Tartu_pedagoogiumi_aruanded, lk 17
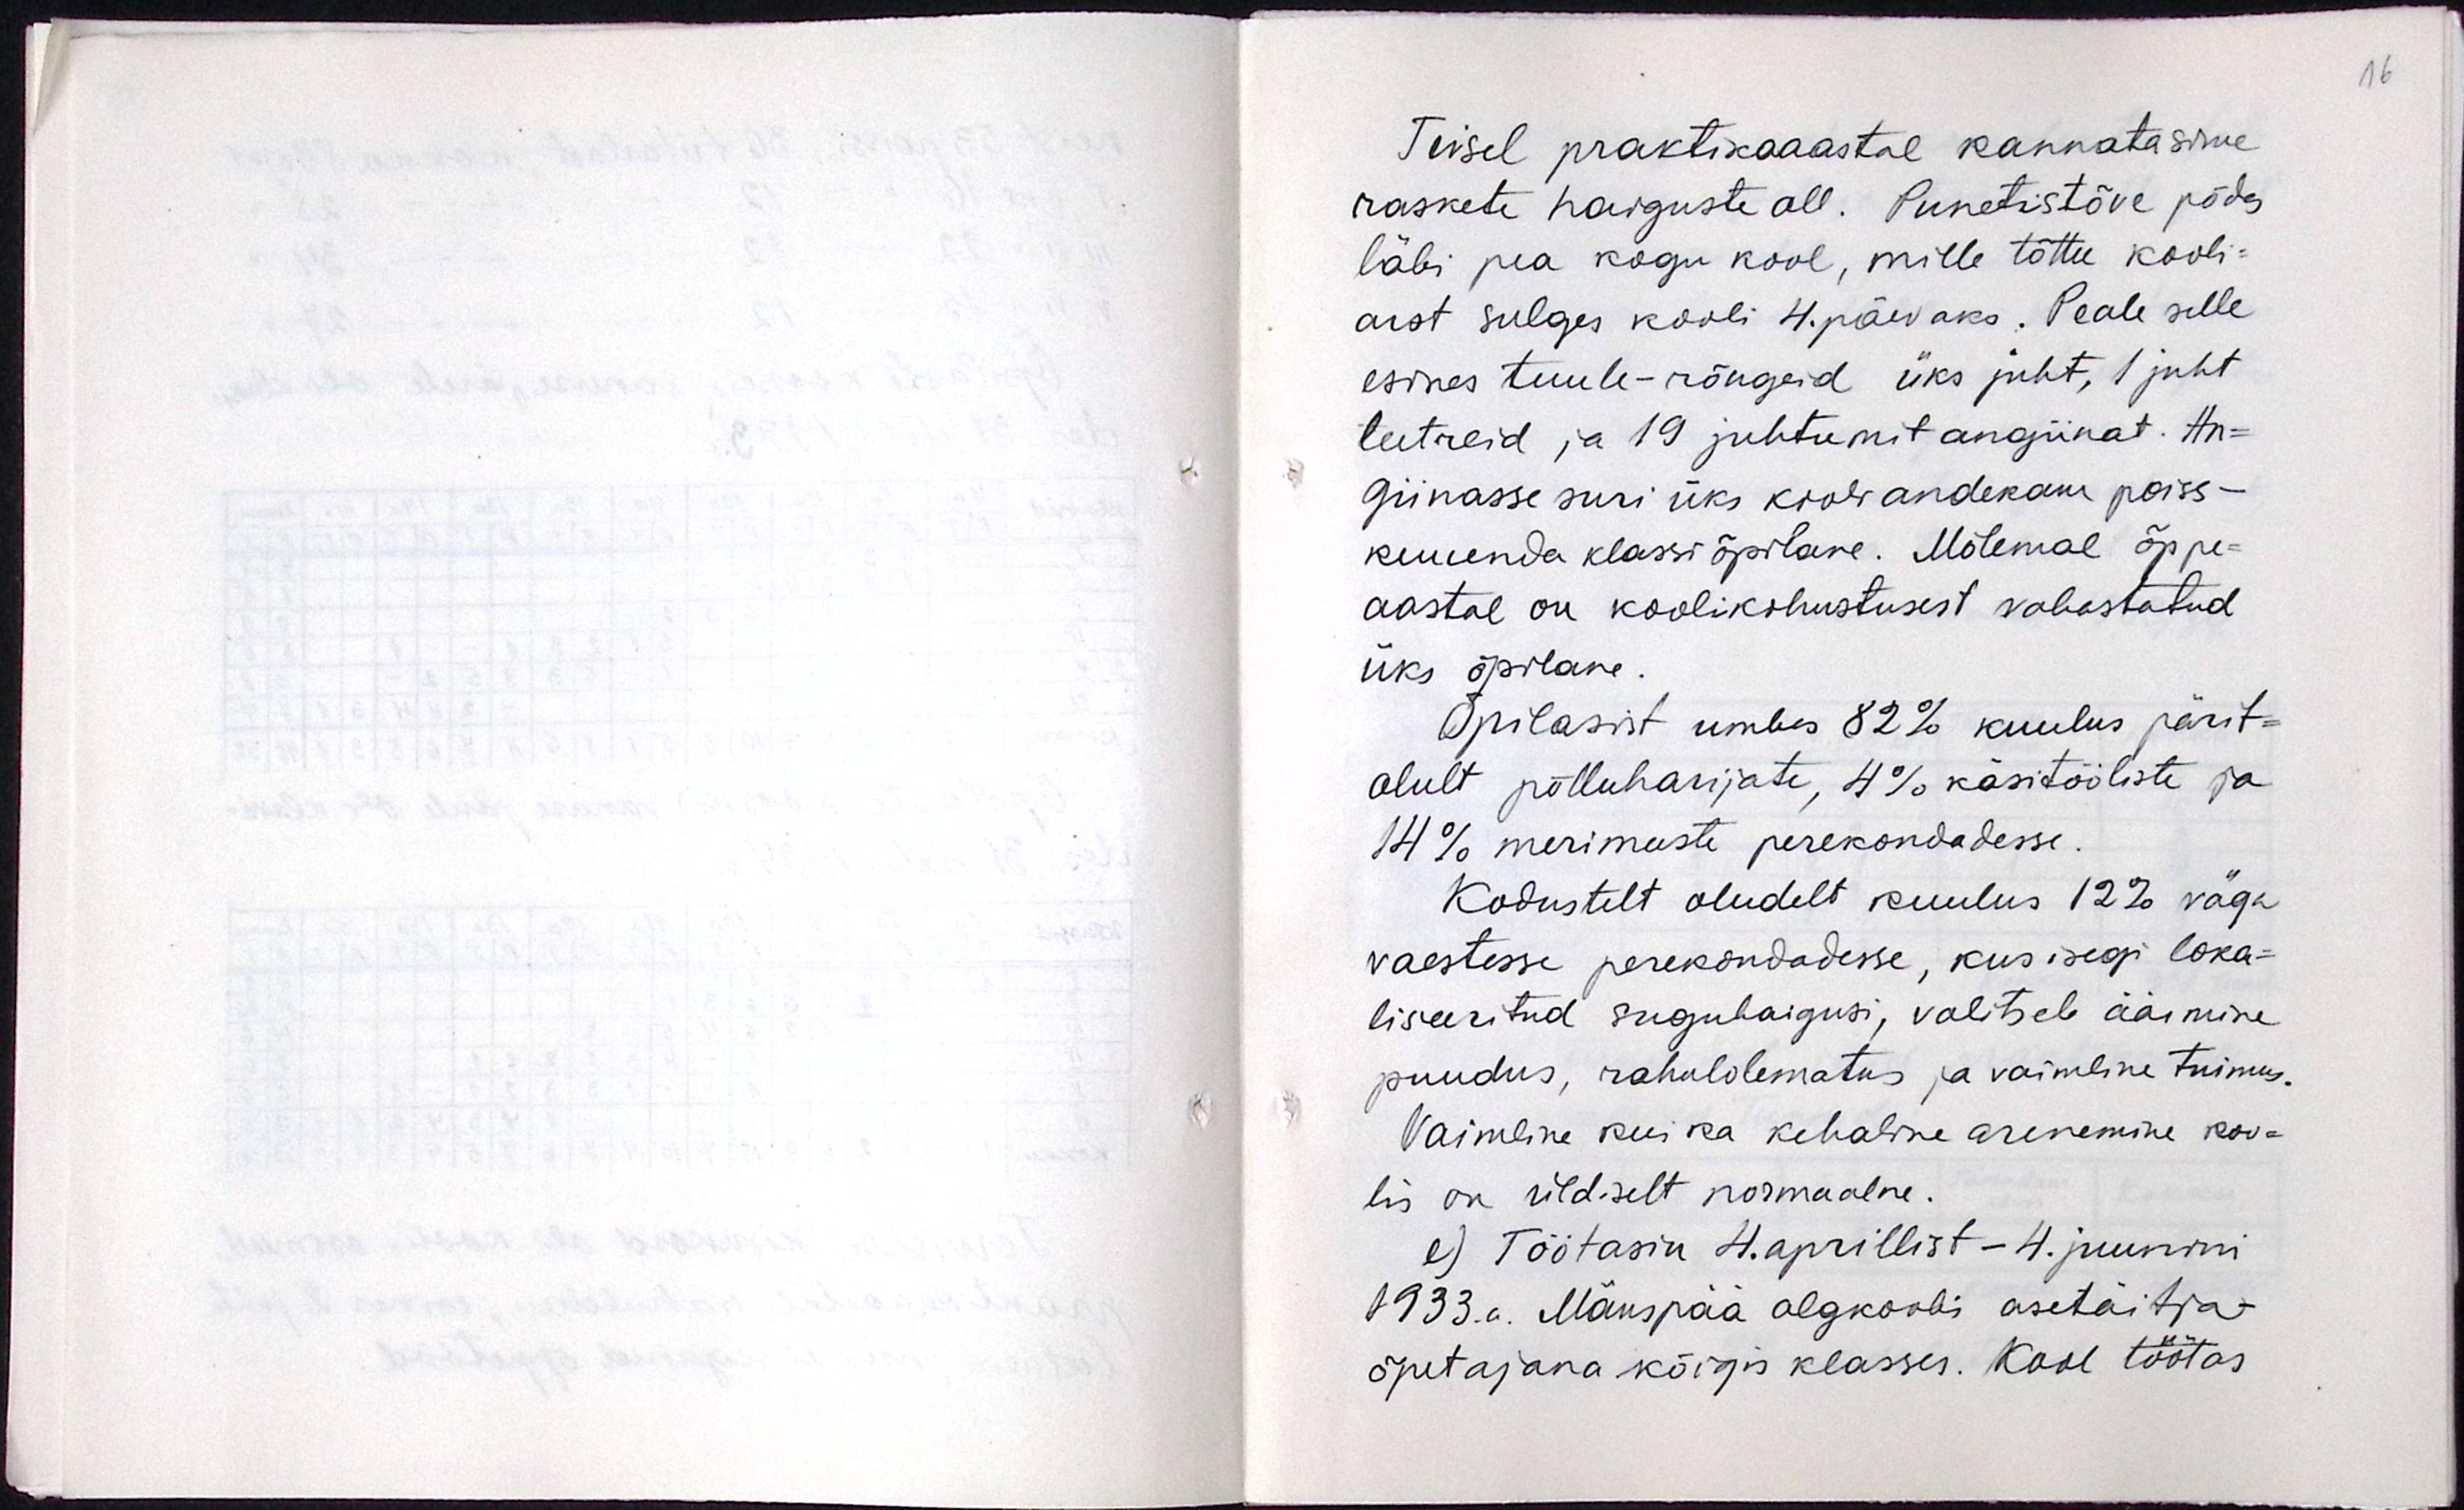
Teisel praktikaastal  kannatasime
raskete haiguste all. Punetistõve põdes
läbi pea kogu kool, mille tõttu kooli-
arst sulges kooli 4.päevaks. Peale selle
esines tuule-rõugeid üks juht, 1 juht
leetreid ja 19 juhtumit angiinat. An-
giinasse suri üks kooli andekam poiss -
kuuenda klassiõpilane. Mõlemal õppe-
aastal oli koolikohustusest vabastatud
üks õpilane.
Õpilastest umbes 82% kuulus pärit-
olult põlluharijate, 4% käsitööliste ja
14% merimeeste perekondadesse.
Kodustelt oludelt kuulus 12% väga
vaestesse perekondadesse, kus isegi loka-
liseeritud suguhaigusi, valitseb äärmine
puudus, rahulolematus ja vaimline tuimus.
Vaimline kui ka kehaline arenemine koo-
lis on üldiselt normaalne.
e) Töötasin 4.aprillist - 4.juunini
1933. Mänspää algkoolis asetäitja-
õpetajana kõigis klassis. Kool töötas